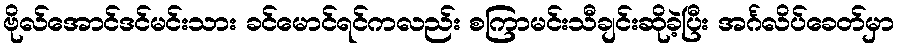
ဗိုလ်အောင်ဒင်မင်းသား ခင်မောင်ရင်ကလည်း စကြာမင်းသီချင်းဆိုခဲ့ပြီး အင်္ဂလိပ်ခေတ်မှာ